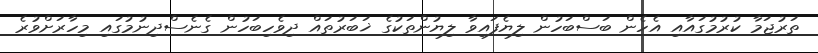
ތަރުޖަމާ ކުރުމުގައާއި އެހެން ބަސްބަހުން ލިޔެފައިވާ ލިޔުންތަކުގެ ޚަބަރުތައް ދިވެހިބަހުން ގެނެސްދިނުމުގައި މިހާރަށްވުރެ